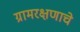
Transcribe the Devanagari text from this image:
ग्रामरक्षणाचे